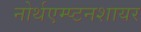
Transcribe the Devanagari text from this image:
नोर्थएम्प्टनशायर